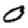
Digit: 0